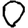
Digit: 0